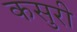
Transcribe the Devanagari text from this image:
कसुरी